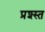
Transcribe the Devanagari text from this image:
प्रश्स्त